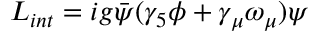
{ \cal L } _ { i n t } = i g \bar { \psi } ( \gamma _ { 5 } \phi + \gamma _ { \mu } \omega _ { \mu } ) \psi